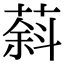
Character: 䔑